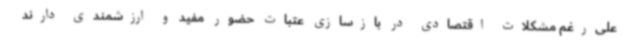
علی‌رغم مشکلات اقتصادی در بازسازی عتبات حضور مفید و ارزشمندی دارند